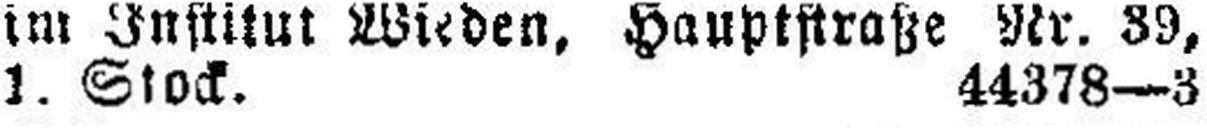
1 Stock. 44378—3